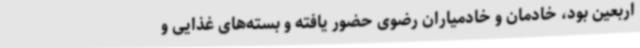
اربعین بود، خادمان و خادمیاران رضوی حضور یافته و بسته‌های غذایی و